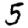
Digit: 5